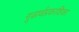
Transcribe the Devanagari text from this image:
गूढ़ार्थप्रकाशिका